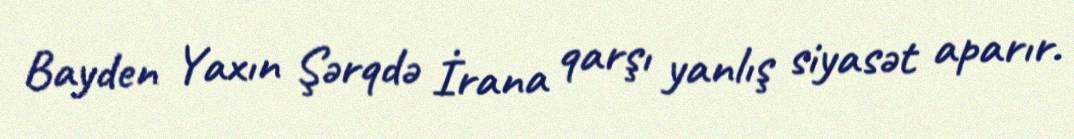
Bayden Yaxın Şərqdə İrana qarşı yanlış siyasət aparır.